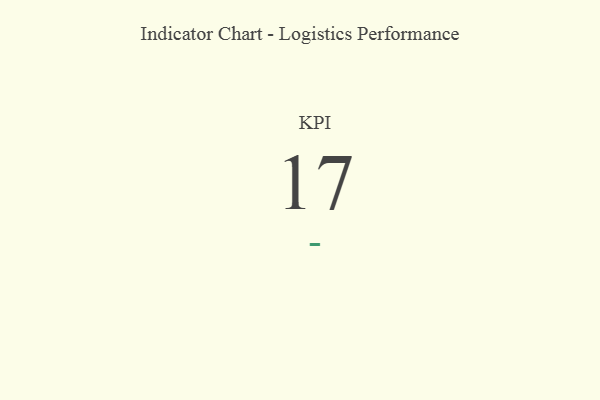
{"axis": {"x": "KPI", "y": "Value"}, "legend": [""], "data": [{"x": "KPI", "y": 17, "type": ""}]}